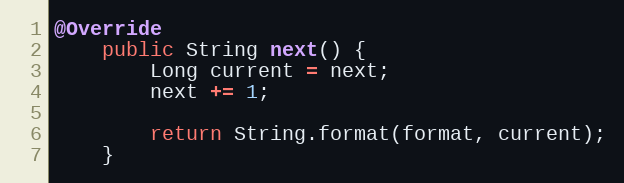
Language: Java
@Override
	public String next() {
		Long current = next;
		next += 1;

		return String.format(format, current);
	}